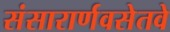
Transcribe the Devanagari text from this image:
संसारार्णवसेतवे